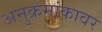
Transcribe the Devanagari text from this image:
अनुक्रमांकावर